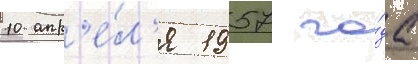
10 апр'е́л'я 1957 го́да